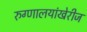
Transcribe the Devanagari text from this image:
रुग्णालयांखेरीज